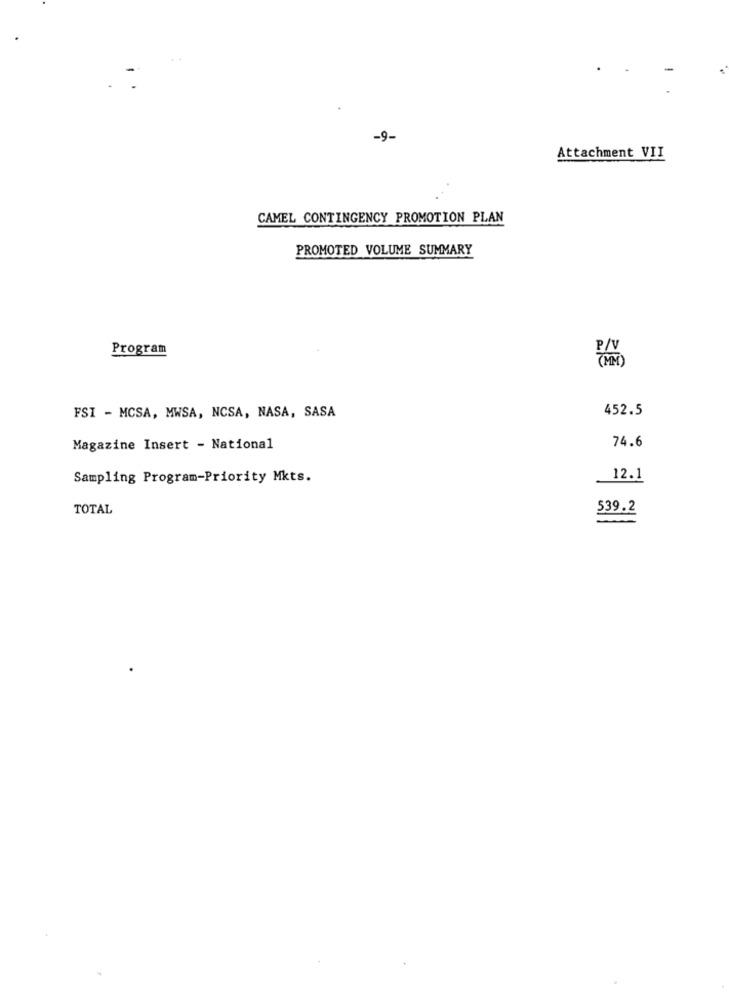
-9-
Attachment VII
CAMEL CONTINGENCY PROMOTION PLAN
PROMOTED VOLUME SUMMARY
Program
P/V
452.5
FSI - MCSA, MWSA, NCSA, NASA, SASA
Magazine Insert - National
74.6
Sampling Program-Priority Mkts.
12.1
TOTAL
539.2